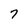
Character: 7